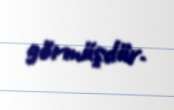
görmüşdür.